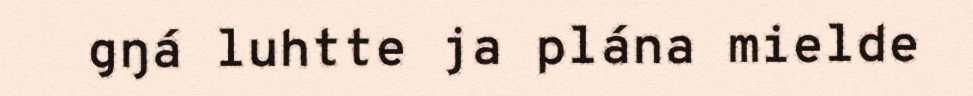
gŋá luhtte ja plána mielde